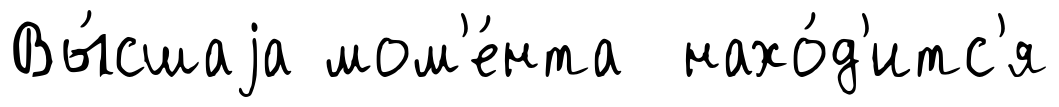
Вы́сшаjа мом'е́нта нахо́д'итс'я